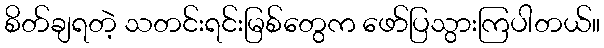
စိတ်ချရတဲ့ သတင်းရင်းမြစ်တွေက ဖော်ပြသွားကြပါတယ်။